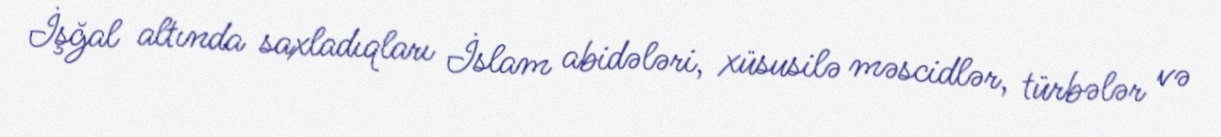
İşğal altında saxladıqları İslam abidələri, xüsusilə məscidlər, türbələr və